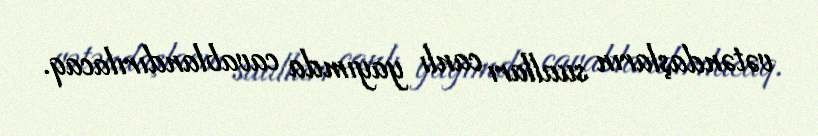
vətəndaşların sualları canlı yayımda cavablandırılacaq.